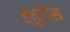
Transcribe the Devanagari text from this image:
ड्युटीस